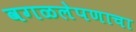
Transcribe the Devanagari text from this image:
वगळलेपणाचा